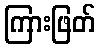
ကြားဖြတ်